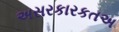
અસરકારકતઅ